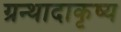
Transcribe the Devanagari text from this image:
ग्रन्थादाकृष्य